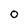
Character: 0